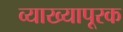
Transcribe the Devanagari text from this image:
व्याख्यापूरक